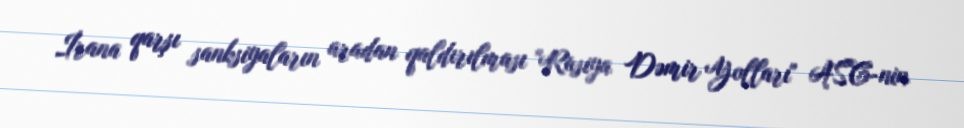
İrana qarşı sanksiyaların aradan qaldırılması "Rusiya Dəmir Yolları" ASC-nin